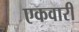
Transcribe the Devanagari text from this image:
एकवारी